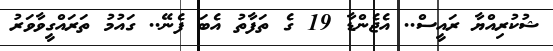
ޝުކުރިއްޔާ ރައީސް.. އެޖެންޑާ 19 ގެ ތަފާތު އެބަ ފެނޭ.. ގައުމު ތަރައްގީވާވަރު